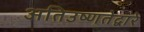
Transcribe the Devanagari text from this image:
अतिउष्णतेद्वारे